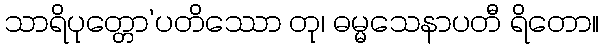
သာရိပုတ္တော’ပတိဿော တု၊ ဓမ္မသေနာပတီ ရိတော။